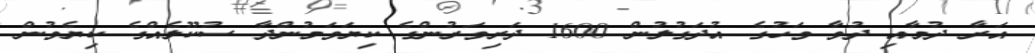
އަރާ ދުމާއި ދުވާ ވަހުގެ އުދަގުލުން 1600 ދަރިވަރުންގެ ކިޔަވަމުންދާ ސުކޫލެއްގެ ކިޔެވުން